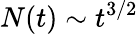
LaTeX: N(t)\sim t^{3/2}